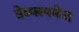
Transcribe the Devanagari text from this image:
डेव्प्लपमेन्ट